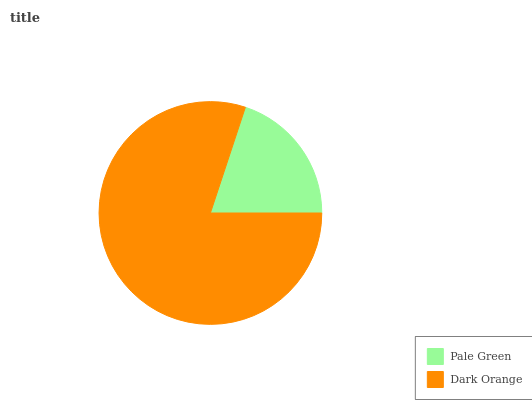
| Pale Green | Dark Orange |
 | --- | --- |
 | 19.9% | 80.1% |